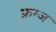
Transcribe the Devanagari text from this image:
फ्रग्ज